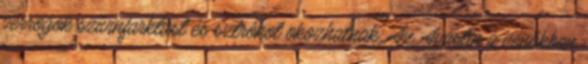
vérrögök szívinfarktust és sztrókot okozhatnak. Az Avastin a vénákban